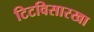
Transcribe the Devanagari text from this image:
टिटविसारखा